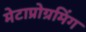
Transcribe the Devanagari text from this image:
मेटाप्रोग्रमिंग